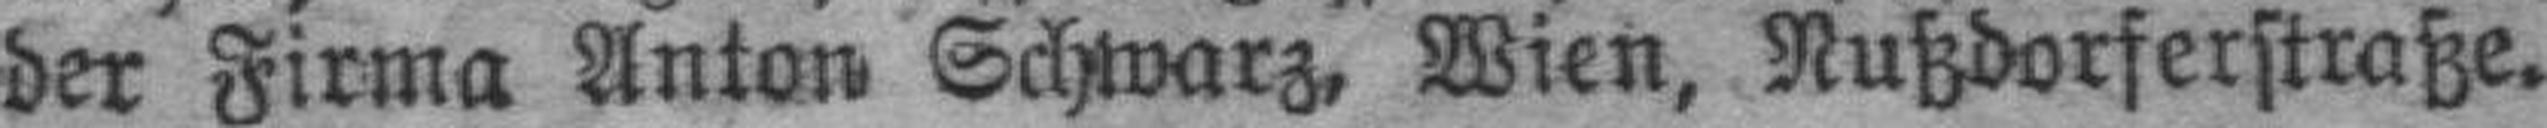
der Firma Anton Schwarz, Wien, Nußdorferstraße.